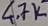
Text: 4.7K